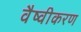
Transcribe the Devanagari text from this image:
वैष्वीकरण